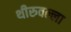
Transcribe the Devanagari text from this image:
थीरुवल्ला